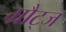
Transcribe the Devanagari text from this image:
ग्रौट्ज